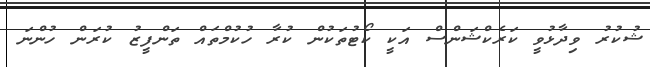
ޝުކުރު ވިދާޅުވީ ކަރެކްޝަންސް އަކީ ކޯޓުތަކުން ކުރާ ހުކުމްތައް ތަންފީޒު ކުރަން ހުންނަ